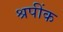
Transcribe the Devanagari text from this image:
श्रपींक